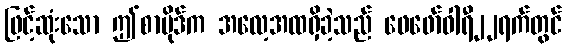
ဖြင့်ဆုံးသော ဤစာပိုဒ်က အလေ့အထရှိခဲ့သည် ဖေဖော်ဝါရီ၂၂ရက်တွင်